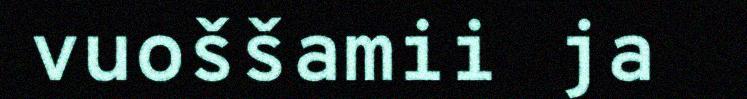
vuoššamii ja